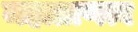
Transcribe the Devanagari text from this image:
महाप्राणत्व